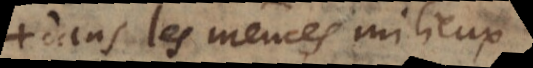
dans les mêmes milieux